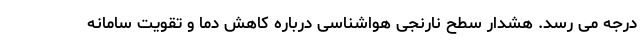
درجه می رسد. هشدار سطح نارنجی هواشناسی درباره کاهش دما و تقویت سامانه